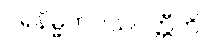
ပရနိမ္မိတဝသဝတ္တီဟိ